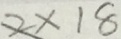
2 \times 1 8